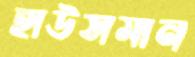
হাউসমান